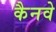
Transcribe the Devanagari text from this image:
कैनवे